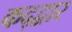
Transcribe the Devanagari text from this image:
कद्द्वार